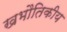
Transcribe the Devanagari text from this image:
खभौतिकीय